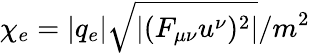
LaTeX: \chi_{e}=|q_{e}|\sqrt{|(F_{\mu\nu}u^{\nu})^{2}|}/m^{2}